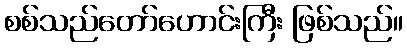
စစ်သည်တော်ဟောင်းကြီး ဖြစ်သည်။